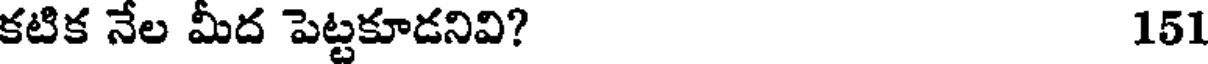
కటిక నేల మీద పెట్టకూడనివి? 151